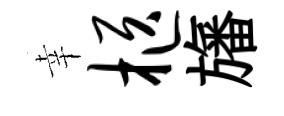
幸柩旛